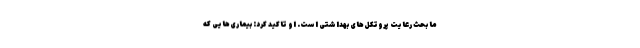
ما بحث رعایت پروتکل‌های بهداشتی است. او تاکید کرد: بیماری‌هایی که